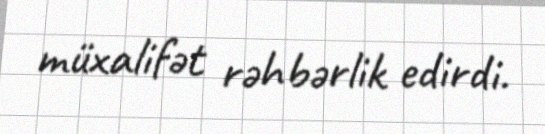
müxalifət rəhbərlik edirdi.